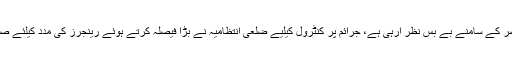
پنجاب پولیس جرائم پیشہ عناصر کے سامنے بے بس نظر آرہی ہے، جرائم پر کنٹرول کیلیے ضلعی انتظامیہ نے بڑا فیصلہ کرتے ہوئے رینجرز کی مدد کیلئے صوبائی حکومت کو خط لکھ دیا۔